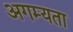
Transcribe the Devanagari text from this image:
अगम्यता